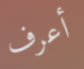
أعرف